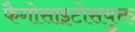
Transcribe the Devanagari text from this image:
फैगोसाइटोसयुक्त